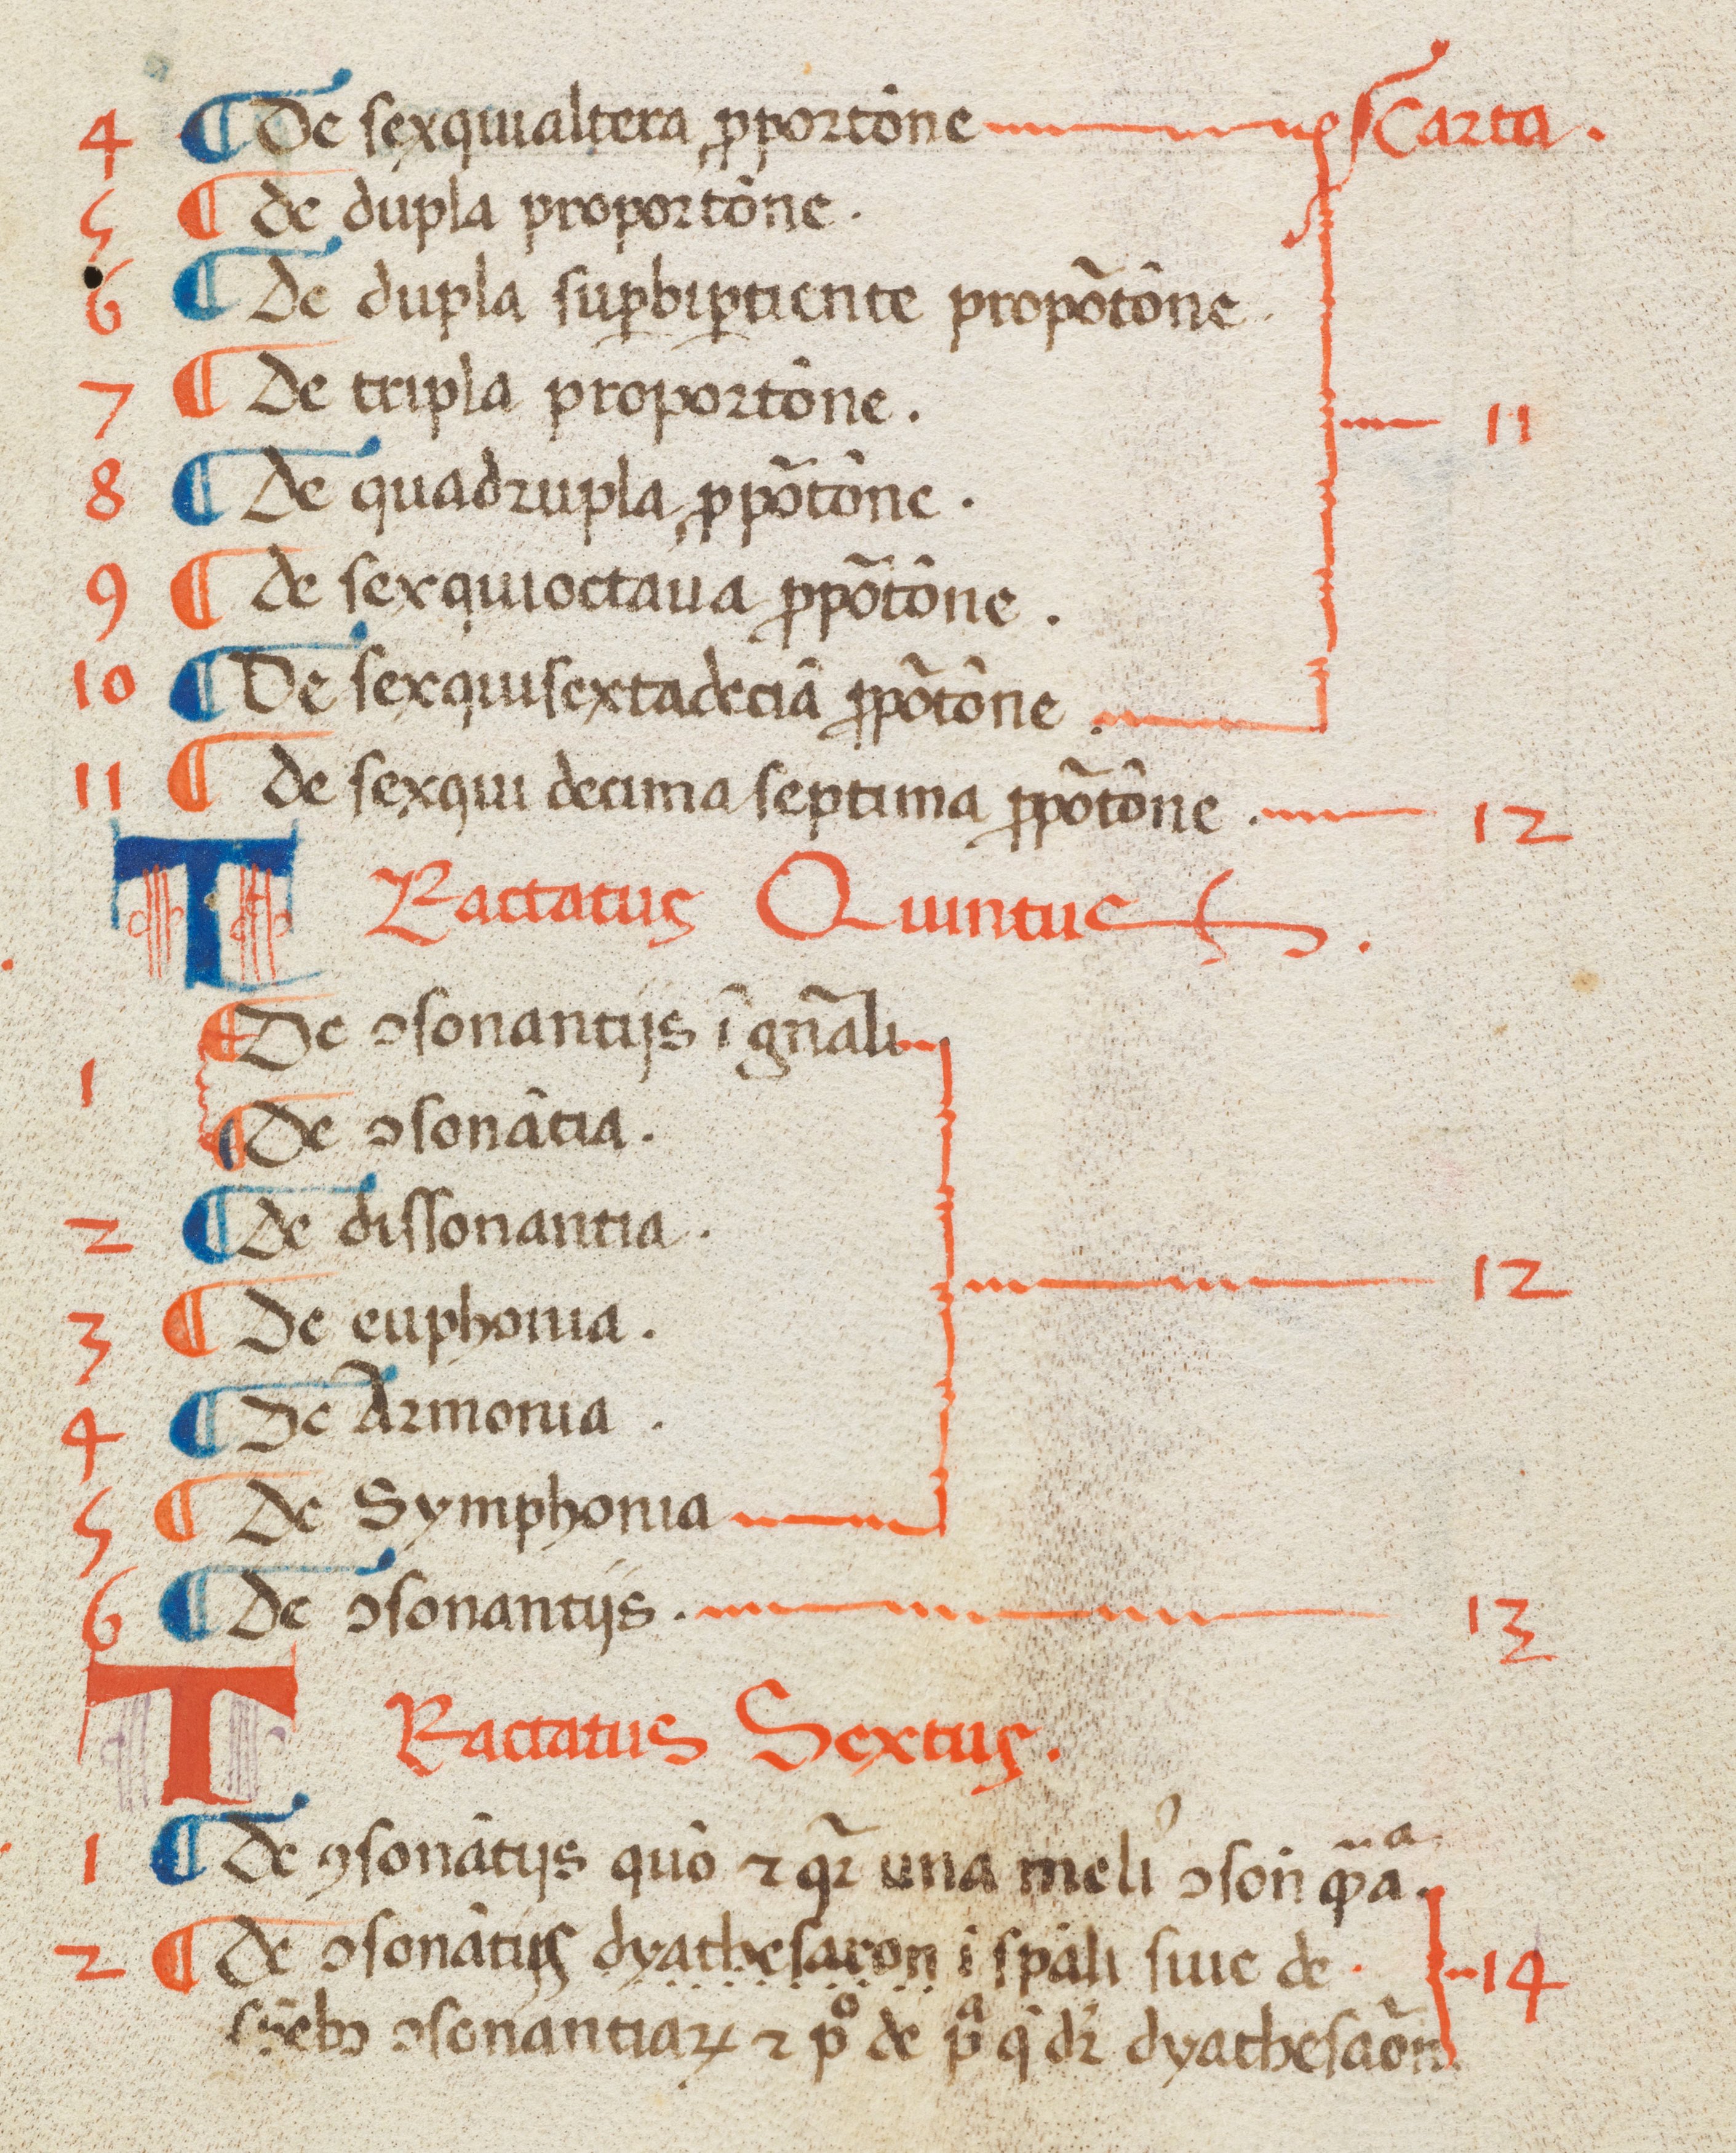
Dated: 1400–1499